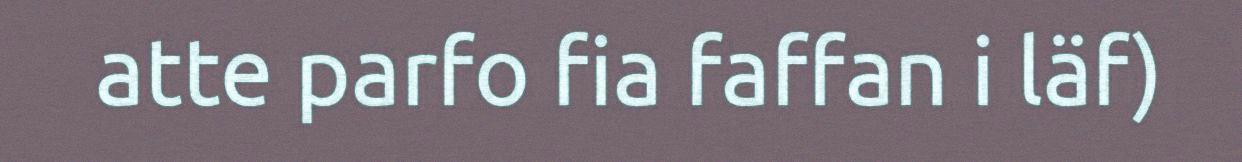
atte parfo fia faffan i läf)